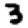
Digit: 3